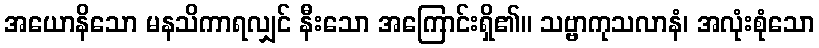
အယောနိသော မနသိကာရလျှင် နီးသော အကြောင်းရှိ၏။ သဗ္ဗာကုသလာနံ၊ အလုံးစုံသော